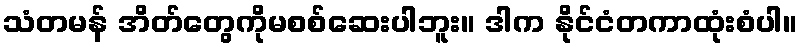
သံတမန် အိတ်တွေကိုမစစ်ဆေးပါဘူး။ ဒါက နိုင်ငံတကာထုံးစံပါ။